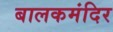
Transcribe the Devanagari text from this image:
बालकमंदिर